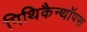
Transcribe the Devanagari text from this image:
पिथिकैन्थॉपस